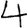
Digit: 4